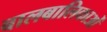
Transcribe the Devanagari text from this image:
बालबालिकाओं